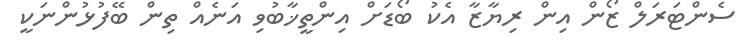
ސެންޓަރަލް ޒޯން އިން ރިޔާޒާ އެކު ބޯޑަށް އިންތީޚާބުވި އަނެއް ތިން ބޭފުޅުންނަކީ